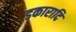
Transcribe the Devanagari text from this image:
डकारादि